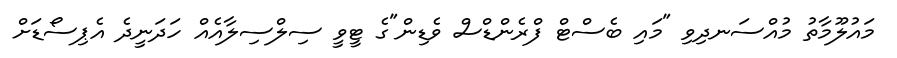
މައުލޫމާތު މުއްސަނދިވި "މައި ބެސްޓް ފްރެންޑްސް ވެޑިން"ގެ ޓީވީ ސިލްސިލާއެއް ހަދަނީދެ އެޕިސޯޑަށް